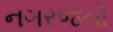
નગરજનો